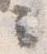
云